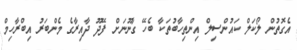
އެގޮތުން ލޯކަލް ކައުންސިލް އިންތިހާބުތަކާ ބެހޭ ގާނޫނަށް ފޭދޫ ދާއިރާގެ މެންބަރު އިބްރާހިމް